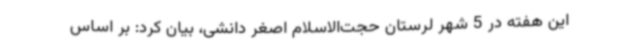
این هفته در 5 شهر لرستان حجت‌الاسلام اصغر دانشی، بیان کرد: بر اساس